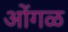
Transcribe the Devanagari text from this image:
ओंगळ